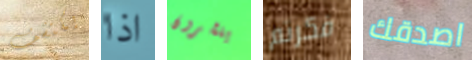
يكتشف اذا ينشرون فكرتم اصدقك